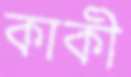
কাকী